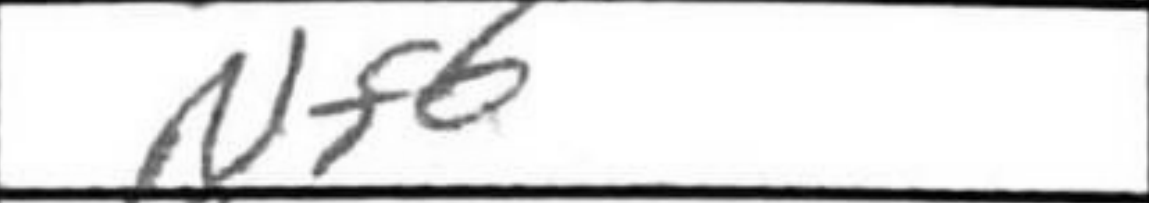
Transcription: Nf6